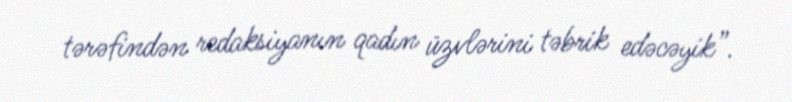
tərəfindən redaksiyanın qadın üzvlərini təbrik edəcəyik”.